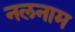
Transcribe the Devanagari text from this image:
नलनाम